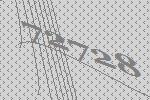
72728